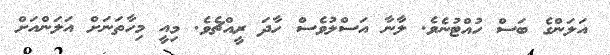
އަލަންގެ ބަސް ހުއްޓުނެވެ. ލާނާ އަސްލުވެސް ހާދަ ރީއްޗެވެ. މިއީ މިހާތަނަށް އަލަންއަށް